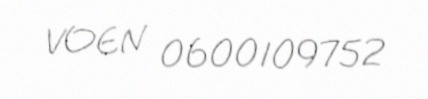
VOEN 0600109752